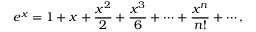
e ^ { x } = 1 + x + { \frac { x ^ { 2 } } { 2 } } + { \frac { x ^ { 3 } } { 6 } } + \cdots + { \frac { x ^ { n } } { n ! } } + \cdots ,